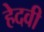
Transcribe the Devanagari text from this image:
हेदवी